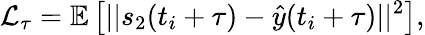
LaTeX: \mathcal{L}_{\tau}=\mathbb{E}\left[||s_{2}(t_{i}+\tau)-\hat{y}(t_{i}+\tau)||^{2}\right],